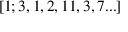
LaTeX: [ 1 ; 3 , 1 , 2 , 1 1 , 3 , 7 . . . ]